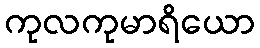
ကုလကုမာရိယော